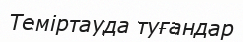
Теміртауда туғандар